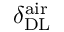
\delta _ { \mathrm { D L } } ^ { \mathrm { a i r } }